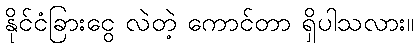
နိုင်ငံခြားငွေ လဲတဲ့ ကောင်တာ ရှိပါသလား။